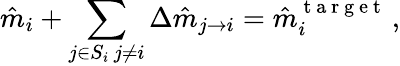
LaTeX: \hat{m}_{i}+\sum_{\substack{j\in S_{i}\, j\neq i}}\Delta\hat{m}_{j\rightarrow i}=\hat{m}_{i}^{\mathrm{~t~a~r~g~e~t~}}\, ,